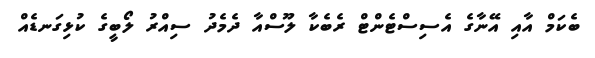
ބެކަމް އާއި އޭނާގެ އެސިސްޓެންޓް ރެބެކާ ލޫސްއާ ދެމެދު ސިއްރު ލޯބީގެ ކުޅިގަނޑެއް